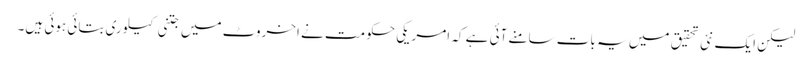
لیکن ایک نئی تحقیق میں یہ بات سامنے آئی ہے کہ امریکی حکومت نے اخروٹ میں جتنی کیلوری بتائی ہوئی ہیں۔